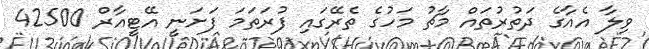
ވިލާ އެއާގެ ދަތުރުތައް މާޗު މަހުގެ ތެރޭގައި ފުރަތަމަ ފަށަނީ އޭޓީއާރް 42500